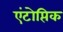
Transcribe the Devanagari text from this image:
एंटोप्तिक